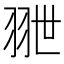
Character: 𦐕